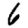
Digit: 6